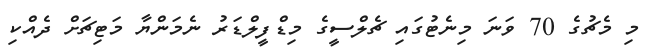
މި މެޗުގެ 70 ވަނަ މިނެޓުގައި ޗެލްސީގެ މިޑްފީލްޑަރު ނެމަންޔާ މަޓިޗަށް ދެއްކި